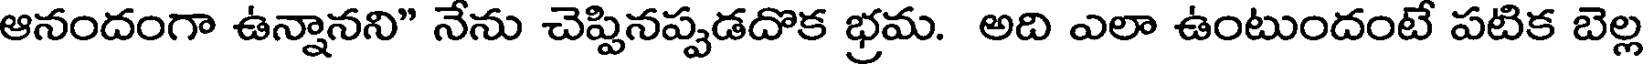
ఆనందంగా ఉన్నానని" నేను చెప్పినప్పడదొక భ్రమ. అది ఎలా ఉంటుందంటే పటిక బెల్ల